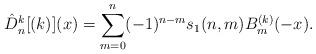
LaTeX: \begin{align*} \hat{D}_n^k [(k)](x)= \sum_{m=0}^n (-1)^{n-m} s_1 (n,m) B_m^{(k) } (-x).\end{align*}